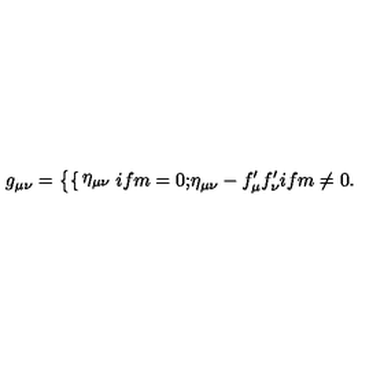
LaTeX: g _ { \mu \nu } = \left\{ \begin{cases} { \eta _ { \mu \nu } } & { i f m = 0 ; } \\ { \eta _ { \mu \nu } - f _ { \mu } ^ { \prime } f _ { \nu } ^ { \prime } } & { i f m \neq 0 . } \\ \end{cases} \right.